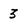
Character: 3